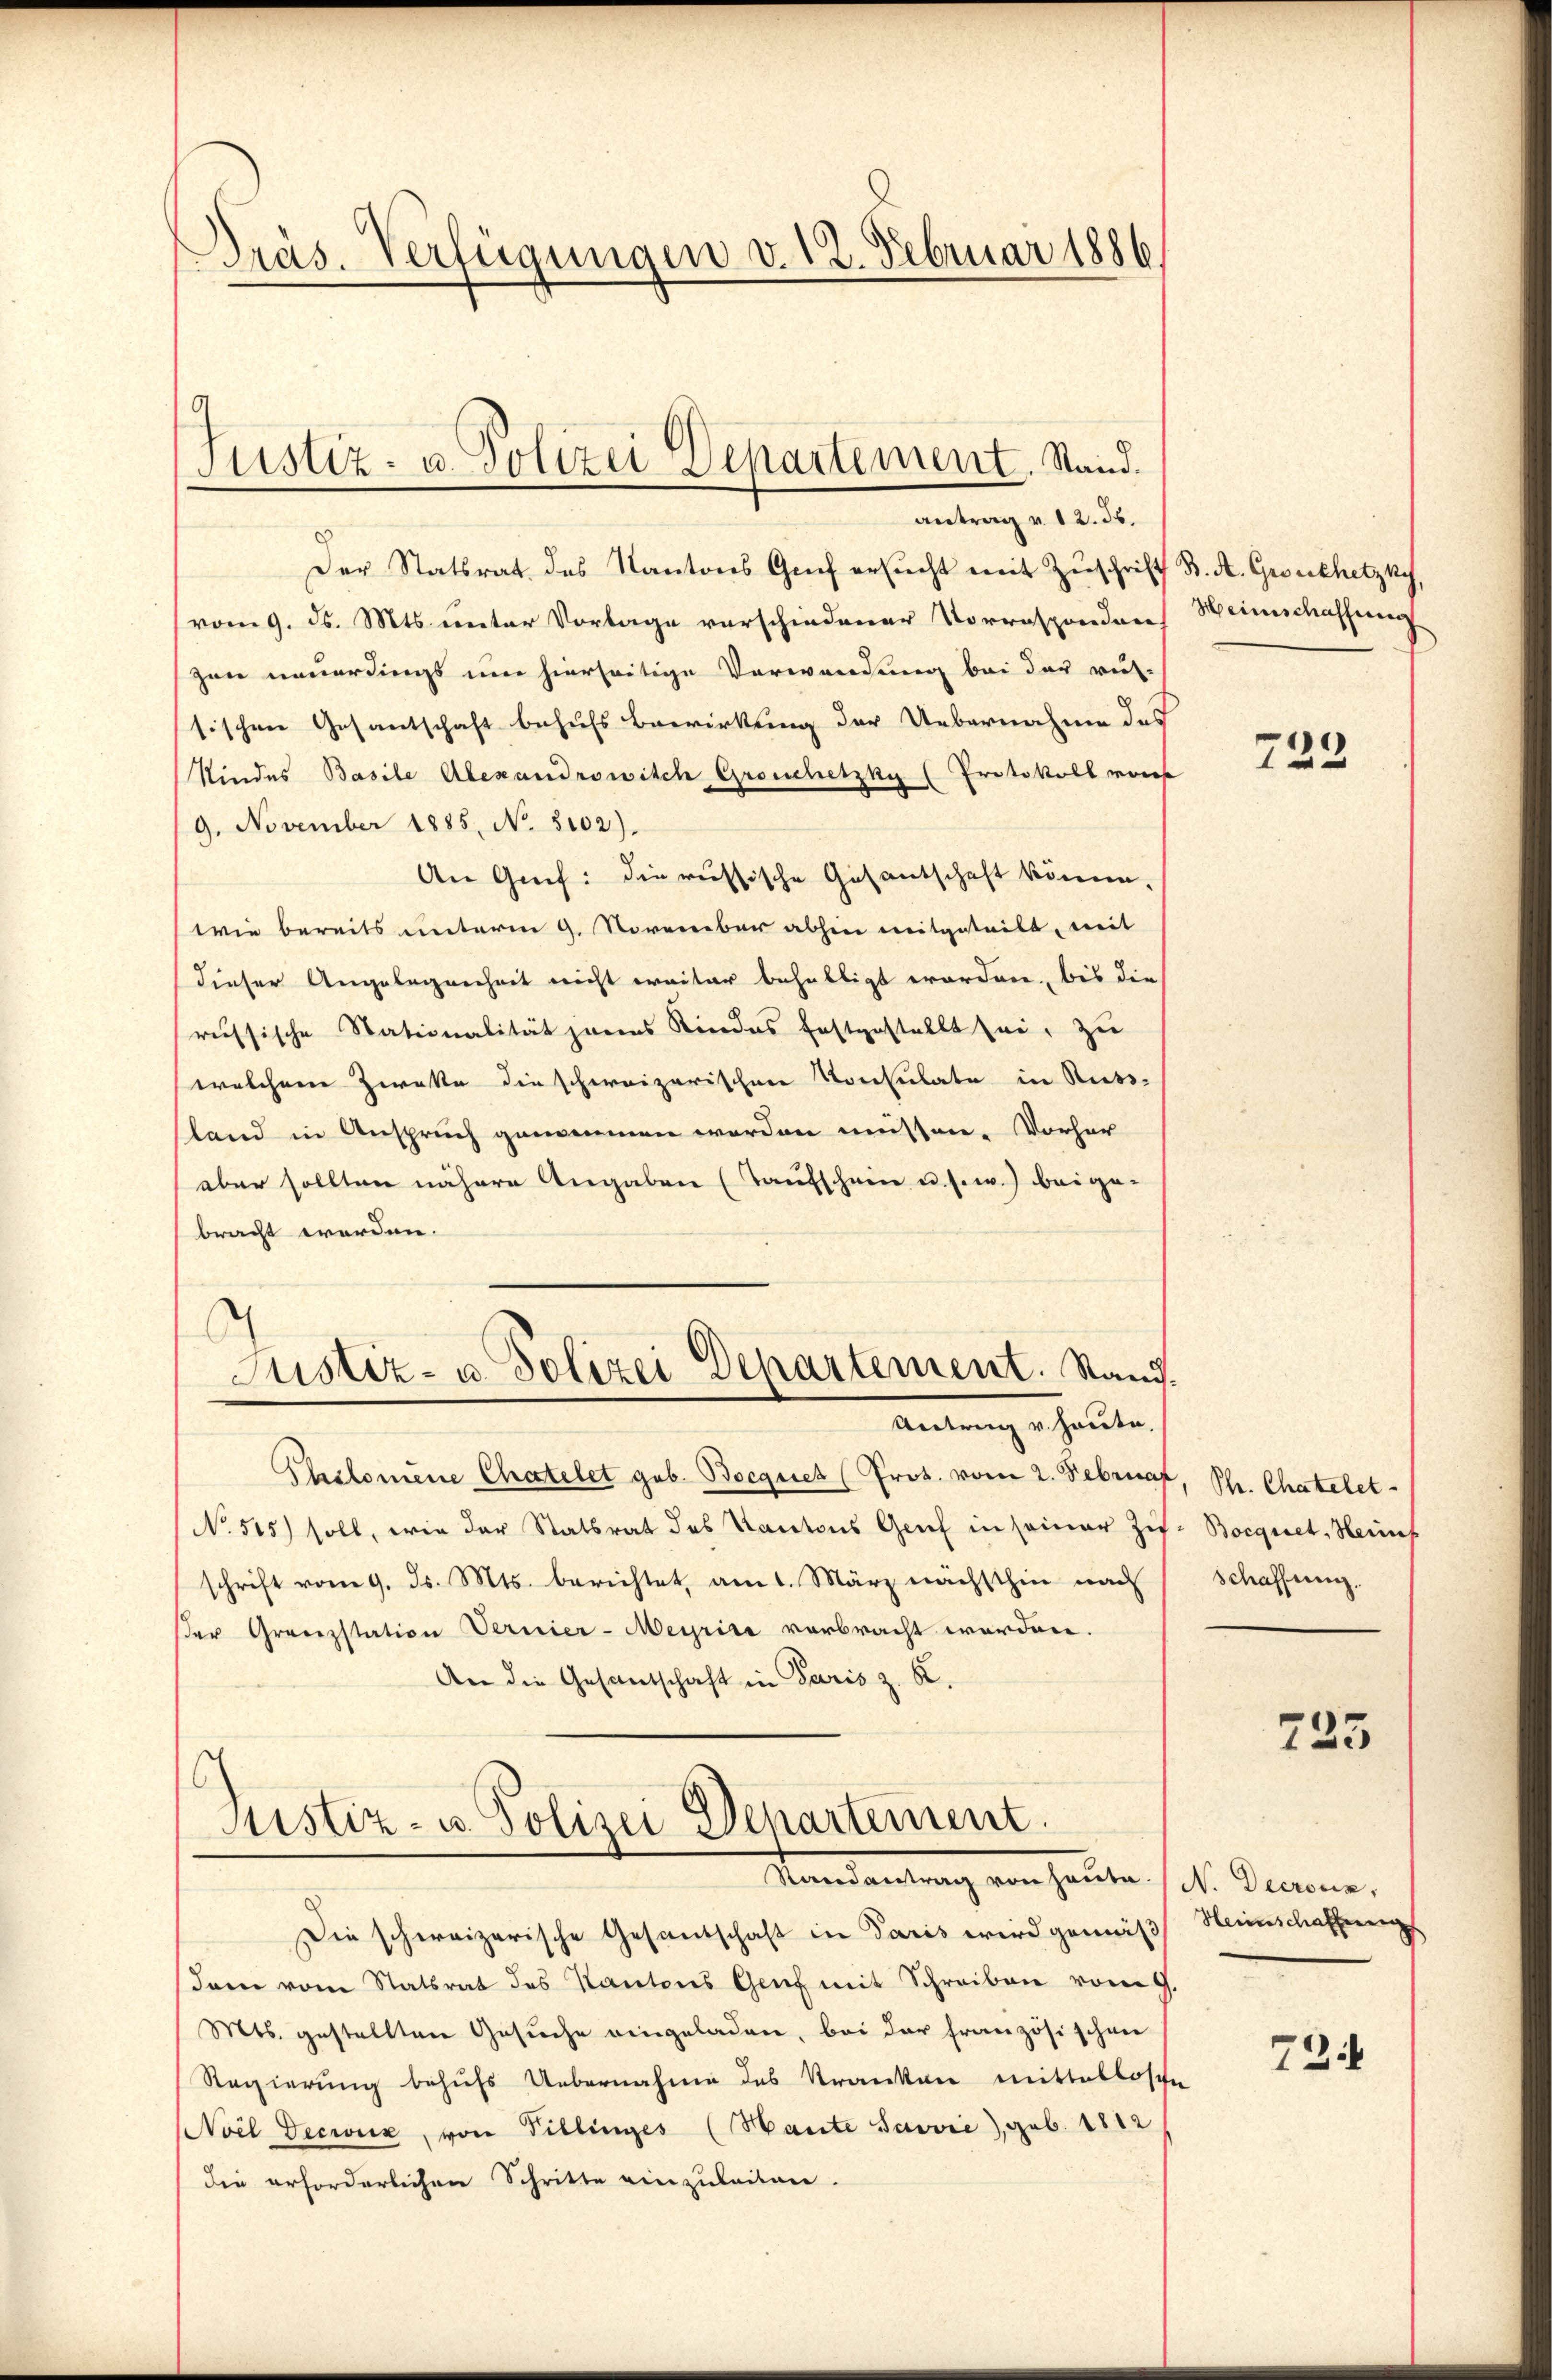
Präs. Verfügungen v. 12. Februar 1886

antrag u. 12. 36.
Der Statsrat des Kantons Grief ersucht mit Zuschrift B. A. Groschetzky
(vom 9. ds. Mts. unter Vorlage verschiedener Vorrespondere Weinschaffung
zwie neuerdings um hierseitige Verwendung bei der rus-
sischen Gesantschaft behufs Bewirkung der Uebernahme des
Kindes Basile Alexandrowisch Groschetzky (Protokoll von
/9. November 1885, No. 5102).
An Grif: die russische Gesantschaft könne,
(wie bereits unterm 9. November abhin mitgeteilt, mit
dieser Angelegenheit nicht weiter behelligt worden, bis die
russische Stationalität jenes Kindes festgestellt sei, zu
welchem Zwette die schweizerischen Konsulate in Russ-
sland in Anspruch genommen worden müssen. Vorher
aber sollten nähere Angaben (Taufschein u. s. w.) beige-
bracht worden.
d
Justiz- u. Polizei Departement. Stand
Antrag v. heute.
Philomene Chatelet geb. Bocques (Prot. vom 2. Februar
No 515) soll, wie der Statsrat des Kantons Genf in seiner Zif
schrift vom 9. ds. Mts. berichtet, am 1. März nächsthin nach
ser Granzstation Vernier-Meyrise verbracht worden.
An die Gesandschaft in Paris z. B.

Justiz- u. Polizei Departement. Stand.

Justiz- u. Polizei Departement.
Randantrag von heute, sol. Gene

.

Die schweizerische Gesandschaft in Paris wird gemäß Steinschaffung
dam vom Statsrat des Kantons Genf mit Schreiben vom 9.
Mts. gestellten Gesuche eingeladen, bei der französischen
Regierung behufs Uebernahme des Kranken mittellosche
Noel Decwiz, von Pillinges (Saute Servie), geb. 1812
die erforderlichen Schritte einzuleiten.

723

, Ph. Chatelet-
.Bocquet, Heinf
Schaffung.

725

724